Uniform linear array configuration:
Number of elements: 24
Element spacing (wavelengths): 1
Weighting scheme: hamming
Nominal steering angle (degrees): -30
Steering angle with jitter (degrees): -29.998
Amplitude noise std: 0.05
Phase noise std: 0.05

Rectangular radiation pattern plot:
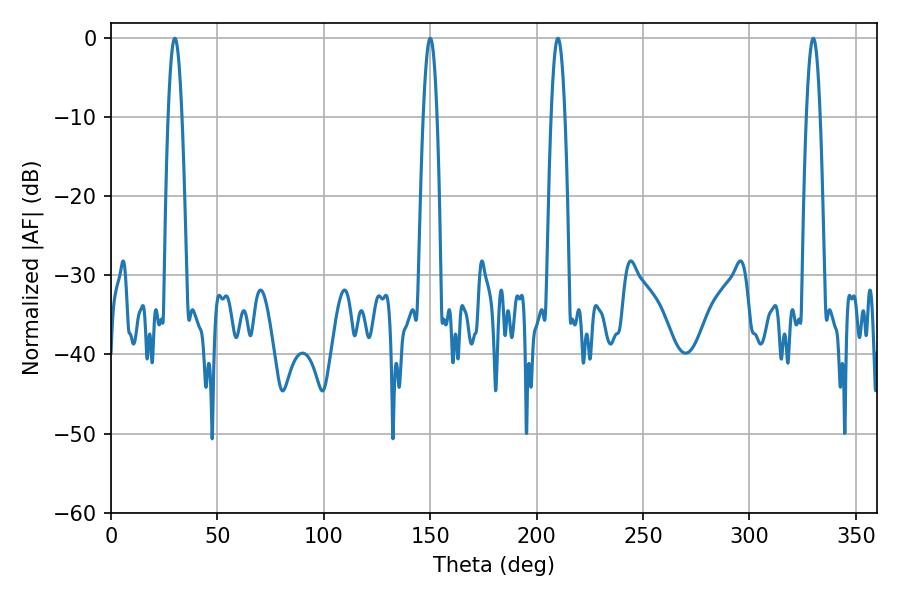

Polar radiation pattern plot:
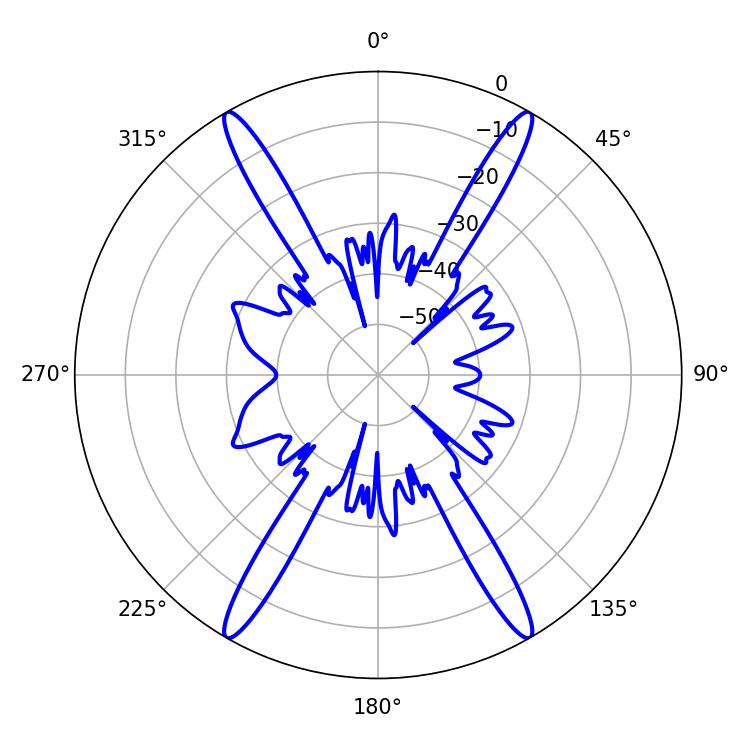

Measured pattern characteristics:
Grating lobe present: TRUE
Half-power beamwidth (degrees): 3.6
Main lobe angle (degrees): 329.94